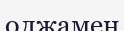
олжамен